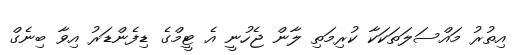
އިތުރު މައްސަލަތަކަކާ ކުރިމަތި ލާން ޖެހުނީ އެ ޓީމްގެ ޑިފެންޑަރު އިވާ ބިނެގް